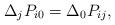
LaTeX: \begin{align*} \Delta_j P_{i0}=\Delta_0 P_{ij},\end{align*}